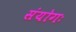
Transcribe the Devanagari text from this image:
संयोगः